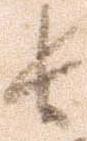
長